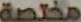
مختصة